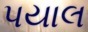
પયાલ